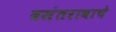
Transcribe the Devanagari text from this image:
वसंतरावाचे